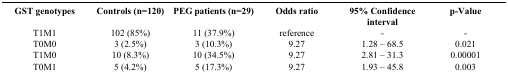
<table><thead><tr><td><b>GST genotypes</b></td><td><b>Controls (n=120)</b></td><td><b>PEG patients (n=29)</b></td><td><b>Odds ratio</b></td><td><b>95% Confidence interval</b></td><td><b>p-Value</b></td></tr></thead><tbody><tr><td>T1M1</td><td>102 (85%)</td><td>11 (37.9%)</td><td>reference</td><td>-</td><td>-</td></tr><tr><td>T0M0</td><td>3 (2.5%)</td><td>3 (10.3%)</td><td>9.27</td><td>1.28 – 68.5</td><td>0.021</td></tr><tr><td>T1M0</td><td>10 (8.3%)</td><td>10 (34.5%)</td><td>9.27</td><td>2.81 – 31.3</td><td>0.00001</td></tr><tr><td>T0M1</td><td>5 (4.2%)</td><td>5 (17.3%)</td><td>9.27</td><td>1.93 – 45.8</td><td>0.003</td></tr></tbody></table>